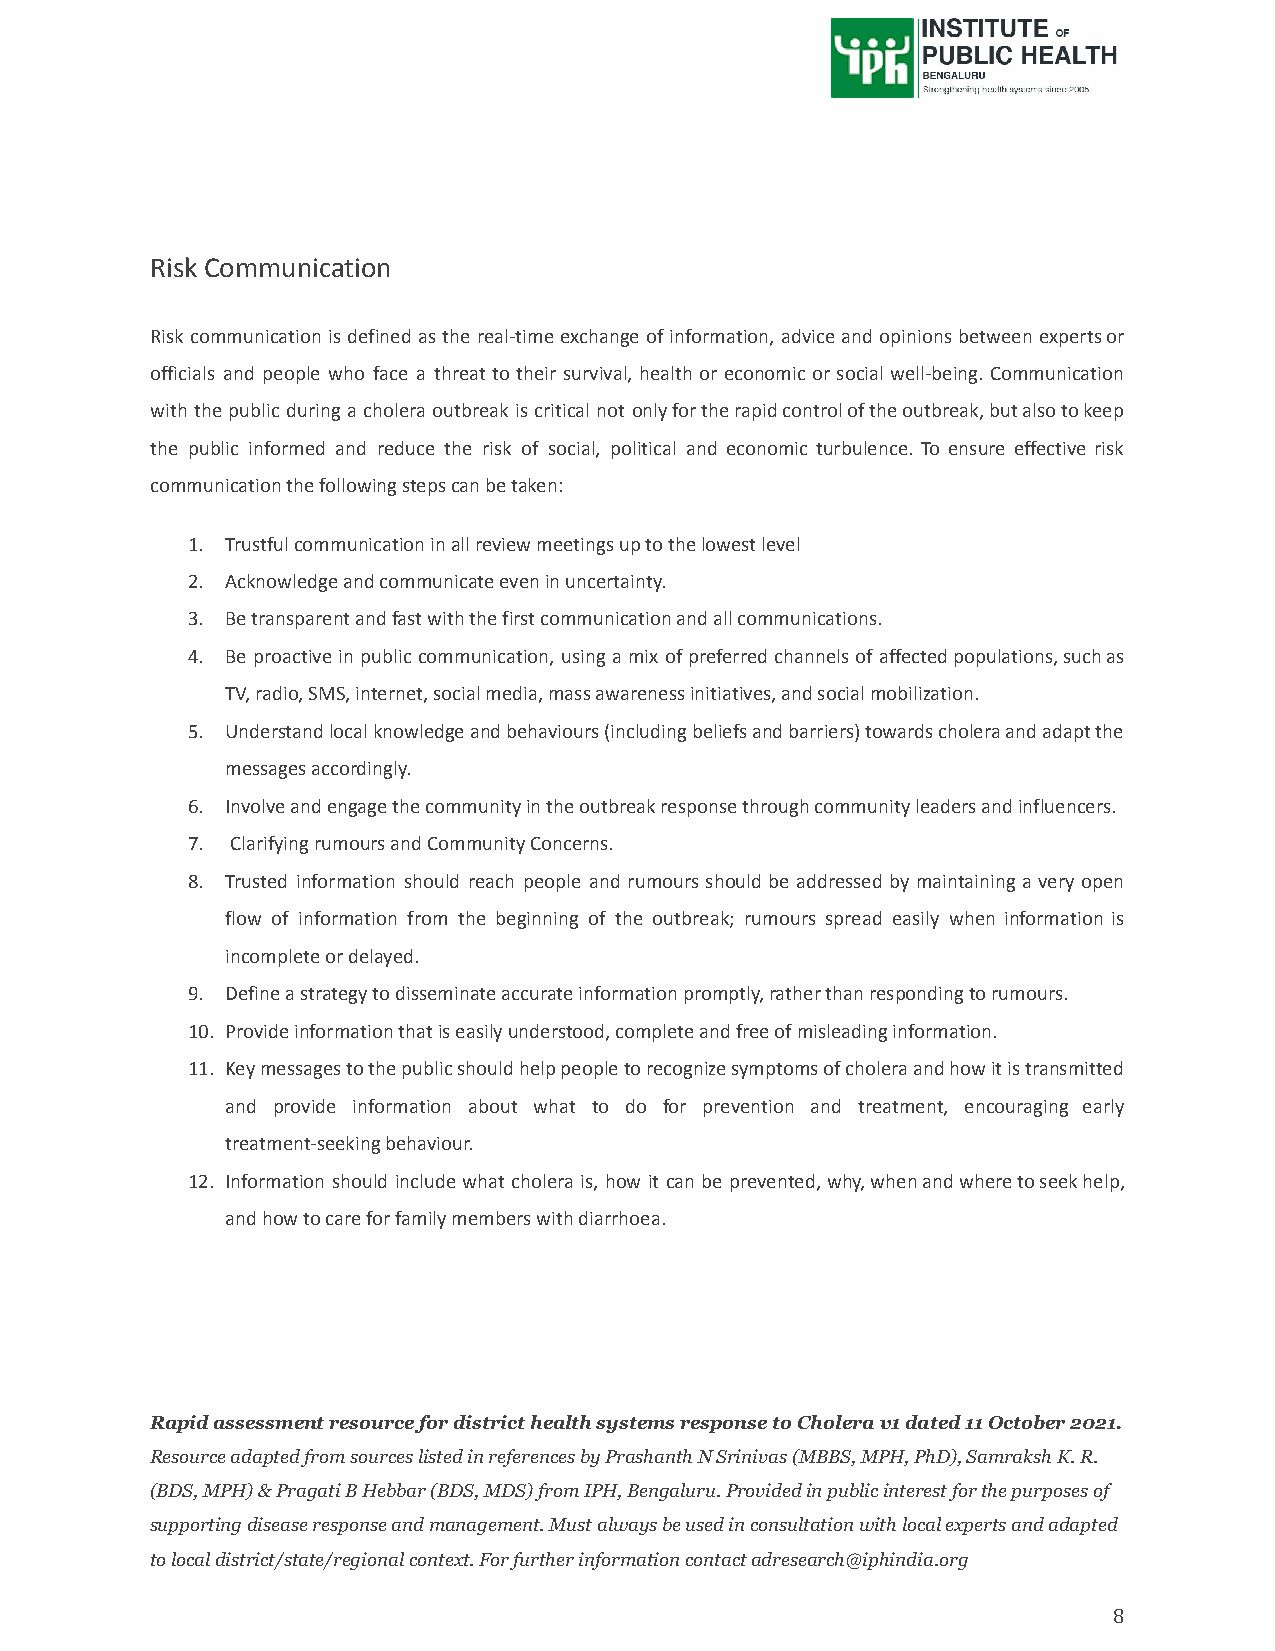
Risk Communication
 Risk communication is defined as the real-time exchange of information, advice and opinions between expertsor
 officials and people who face a threat to their survival, health or economic or social well-being. Communication
 with the public during a cholera outbreak is critical not onlyfortherapidcontroloftheoutbreak,butalsotokeep
 the public informed and reduce the risk of social, political and economic turbulence. To ensure effective risk
 communication the following steps can be taken:
 1. Trustful communication in all review meetings up to the lowest level
 2. Acknowledge and communicate even in uncertainty.
 3. Be transparent and fast with the first communication and all communications.
 4. Be proactive in public communication, using a mix of preferred channels of affectedpopulations,suchas
 TV, radio, SMS, internet, social media, mass awareness initiatives, and social mobilization.
 5. Understandlocalknowledgeandbehaviours(includingbeliefsandbarriers)towardscholeraandadaptthe
 messages accordingly.
 6. Involve and engage the community in the outbreak response through community leaders and influencers.
 7. Clarifying rumours and Community Concerns.
 8. Trusted information should reach people and rumours should be addressed by maintaining a very open
 flow of information from the beginning of the outbreak; rumours spread easily when information is
 incomplete or delayed.
 9. Define a strategy to disseminate accurate information promptly, rather than responding to rumours.
 10. Provide information that is easily understood, complete and free of misleading information.
 11. Keymessagestothepublicshouldhelppeopletorecognizesymptomsofcholeraandhowitistransmitted
 and provide information about what to do for prevention and treatment, encouraging early
 treatment-seeking behaviour.
 12. Information should include what cholera is, how it can be prevented, why,whenandwheretoseekhelp,
 and how to care for family members with diarrhoea.
 Rapid assessment resource for district health systems response to Cholera v1 dated 11 October 2021.
 Resource adapted from sources listed in references by Prashanth N Srinivas (MBBS, MPH, PhD), Samraksh K. R.
 (BDS, MPH) & Pragati B Hebbar (BDS, MDS) from IPH, Bengaluru. Provided in public interest for the purposes of
 supporting disease response and management. Must always be used in consultation with local experts and adapted
 to local district/state/regional context. For further information contact adresearch@iphindia.org
 8